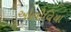
ઓલીવિયા